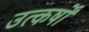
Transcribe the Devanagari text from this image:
उत्कर्षों